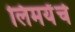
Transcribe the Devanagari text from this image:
लिमयेंंचे